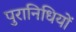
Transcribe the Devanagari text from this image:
पुरानिधियों